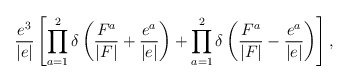
\begin{align*}\frac{e^3}{|e|} \left[ \prod_{a=1}^{2} \delta \left( \frac{F^a}{|F|} + \frac{e^a}{|e|} \right)+ \prod_{a=1}^{2}\delta \left( \frac{F^a}{|F|} - \frac{e^a}{|e|} \right) \right], \end{align*}